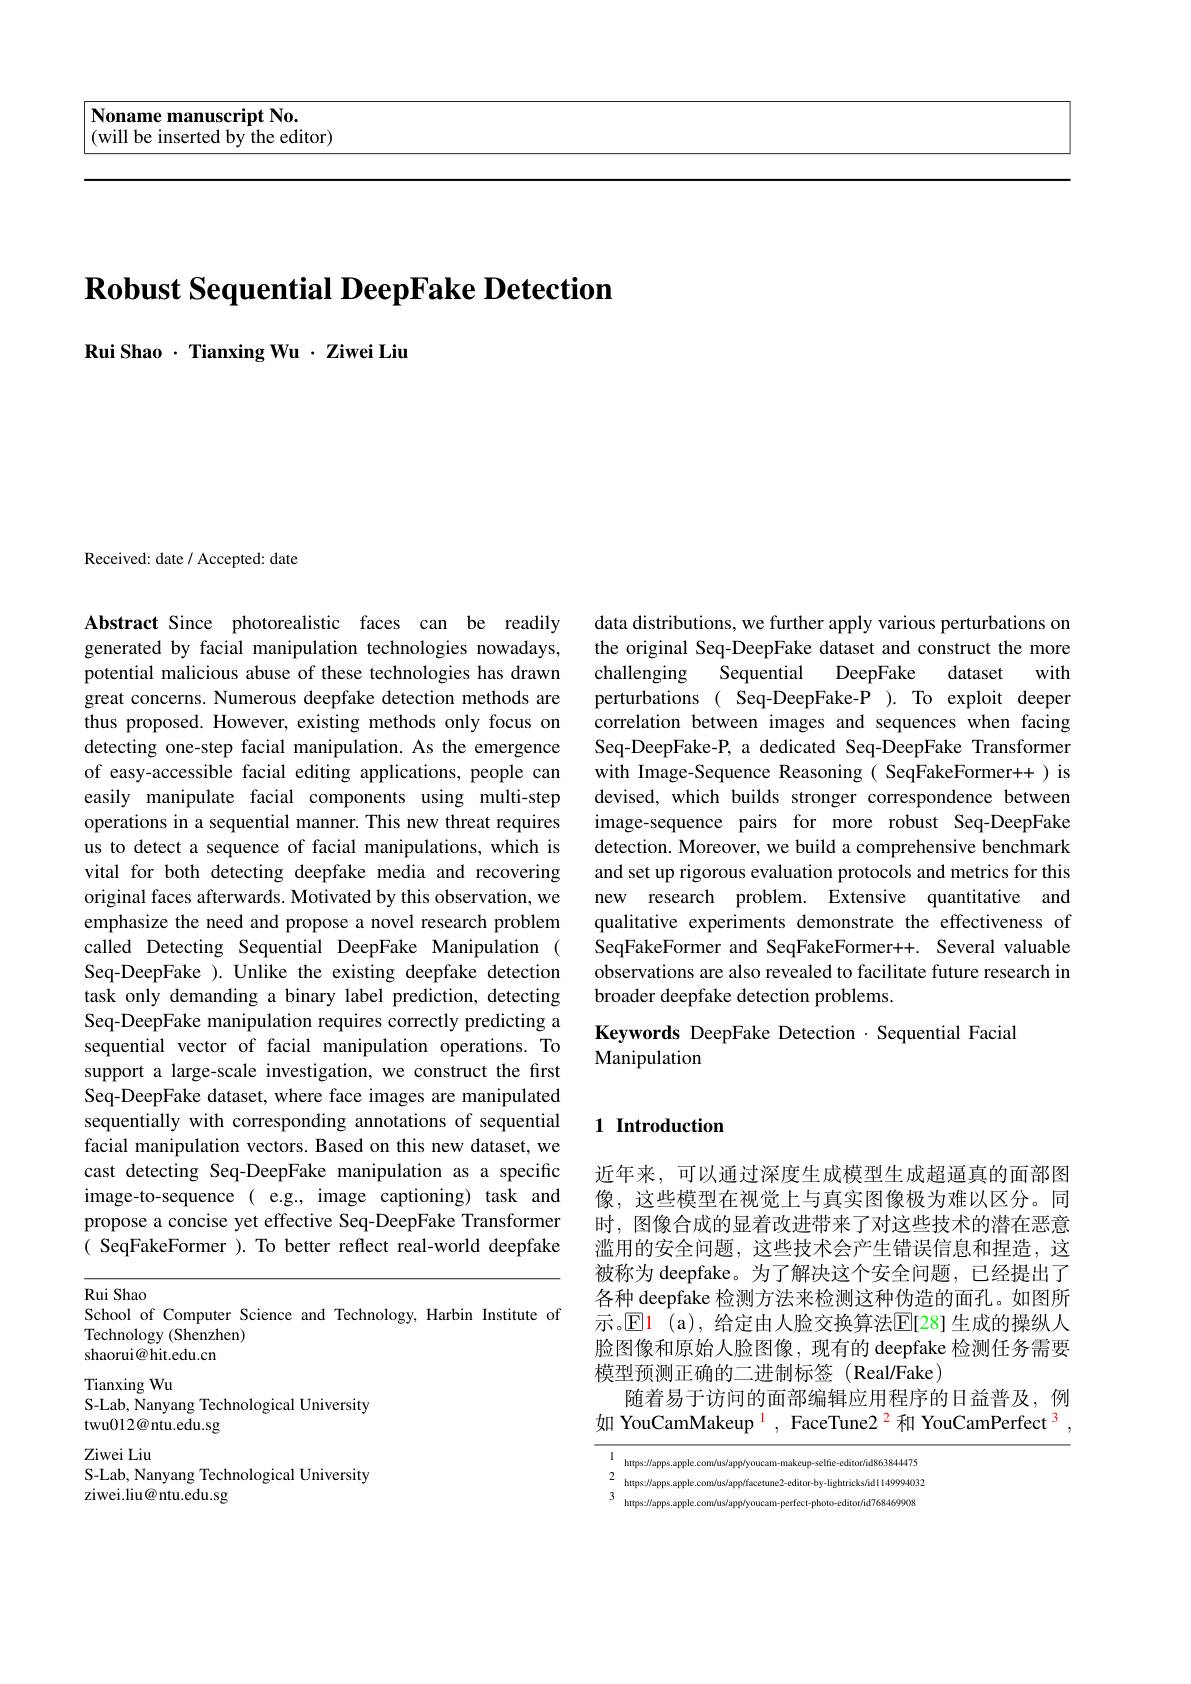
<table>
	<tbody>
		<tr>
			<th>Noname manuscript No. (will be inserted by the editor)</th>
		</tr>
	</tbody>
</table>

# $\textbf{Robust Sequential DeepFake Detection}$

Rui Shao $\cdot$ Tianxing Wu $\cdot$ Ziwei Liu

Received: date / Accepted: date

Abstract Since photorealistic faces can be readily generated by facial manipulation technologies nowadays, potential malicious abuse of these technologies has drawn great concerns. Numerous deepfake detection methods are thus proposed. However, existing methods only focus on detecting one-step facial manipulation. As the emergence of easy-accessible facial editing applications, people can easily manipulate facial components using multi-step operations in a sequential manner. This new threat requires us to detect a sequence of facial manipulations, which is vital for both detecting deepfake media and recovering original faces afterwards. Motivated by this observation, we emphasize the need and propose a novel research problem called Detecting Sequential DeepFake Manipulation ( Seq-DeepFake ). Unlike the existing deepfake detection task only demanding a binary label prediction, detecting Seq-DeepFake manipulation requires correctly predicting a sequential vector of facial manipulation operations. To support a large-scale investigation, we construct the first Seq-DeepFake dataset, where face images are manipulated sequentially with corresponding annotations of sequential facial manipulation vectors. Based on this new dataset, we cast detecting Seq-DeepFake manipulation as a specific image-to-sequence ( e.g., image captioning) task and propose a concise yet effective Seq-DeepFake Transformer ( SeqFakeFormer ). To better reflect real-world deepfake

Rui Shao
School of Computer Science and Technology, Harbin Institute of
Technology (Shenzhen)
shaorui@hit.edu.cn

Tianxing Wu
S-Lab, Nanyang Technological University
twu012@ntu.edu.sg
Ziwei Liu
S-Lab, Nanyang Technological University
ziwei.liu@ ntu.edu.sg

data distributions, we further apply various perturbations on the original Seq-DeepFake dataset and construct the more challenging
Sequential DeepFake dataset with
perturbations ( Seq-DeepFake-P ). To exploit deeper correlation between images and sequences when facing Seq-DeepFake-P, a dedicated Seq-DeepFake Transformer with Image-Sequence Reasoning( SeqFakeFormer++) is devised, which builds stronger correspondence between image-sequence pairs for more robust Seq-DeepFake detection. Moreover, we build a comprehensive benchmark and set up rigorous evaluation protocols and metrics for this new research problem. Extensive quantitative and qualitative experiments demonstrate the effectiveness of SeqFakeFormer and SeqFakeFormer++. Several valuable observations are also revealed to facilitate future research in broader deepfake detection problems.

Keywords DeepFake Detection $\cdot$ Sequential Facial
Manipulation

# 1 Introduction

近年来，可以通过深度生成模型生成超逼真的面部图像，这些模型在视觉上与真实图像极为难以区分。同时，图像合成的显着改进带来了对这些技术的潜在恶意滥用的安全问题，这些技术会产生错误信息和捏造，这被称为 deepfake。为了解决这个安全问题，已经提出了各种 deepfake 检测方法来检测这种伪造的面孔。如图所示。$\boxed{\mathrm{E}}\color{red}1\:\mathrm{(a),}$ 给定由人脸交换算法$\color{red}{\mathrm{E}}[28]$ 生成的操纵人脸图像和原始人脸图像，现有的 deepfake 检测任务需要模型预测正确的二进制标签(Real/Fake)
随着易于访问的面部编辑应用程序的日益普及，例如 YouCamMakeup $^{1}$, FaceTune2 $^{\color{red}{2}}$和 YouCamPerfect$^{\color{red}3}$,

https:$\prime$lapps.apple.com/us/appíyoucam-makeup-selfie-editor/ud863844472 httas:/apps,apole,coméus/annoffacetune2-editor-by-liehtricksfud1149994037 https: $J$'apps. apple. com'us/appíyoucam- perfect-photo-editor/id768469900